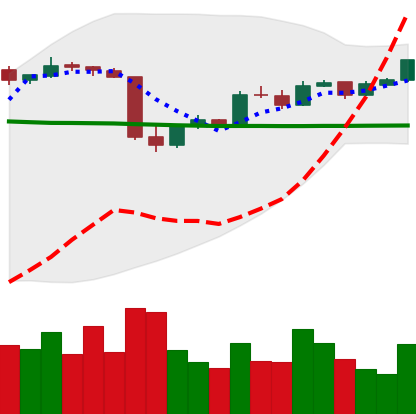
Ticker: LTC-USD
Chart end date: 2015-06-13
Forward return: 66.265%
Label: up_7plus